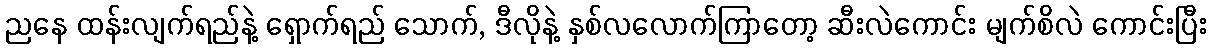
ညနေ ထန်းလျက်ရည်နဲ့ ရှောက်ရည် သောက်, ဒီလိုနဲ့ နှစ်လလောက်ကြာတော့ ဆီးလဲကောင်း မျက်စိလဲ ကောင်းပြီး